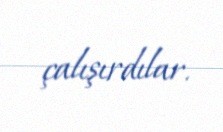
çalışırdılar.